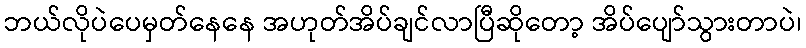
ဘယ်လိုပဲပေမှတ်နေနေ အဟုတ်အိပ်ချင်လာပြီဆိုတော့ အိပ်ပျော်သွားတာပဲ၊